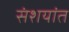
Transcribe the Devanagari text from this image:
संशयांत